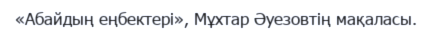
«Абайдың еңбектері», Мұхтар Әуезовтің мақаласы.